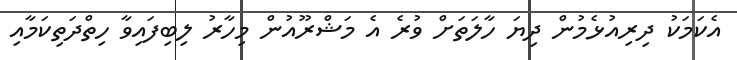
އެކަމަކު ދިރިއުޅެމުން ދިޔަ ހާލަތަށް ވުރެ އެ މަޝްރޫއުން މިހާރު ލިބިފައިވާ ހިތްދަތިކަމާއި